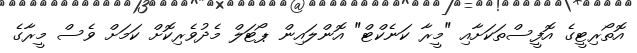
އޮތޯރިޓީގެ އޮފީސްތަކަށާއި "މީރާ ކަނެކްޓް" އޮންލައިން ޕޯޓަލް މެދުވެރިކޮށް ކަމަށް ވެސް މީރާގެ